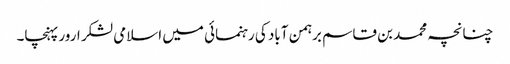
چنانچہ محمد بن قاسم برہمن آباد کی رہنمائی میں اسلامی لشکر ارور پہنچا۔